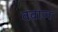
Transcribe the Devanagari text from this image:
वबाल